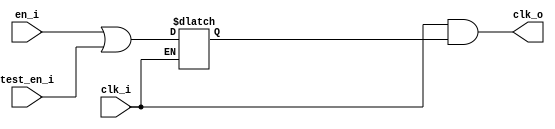
// Copyright lowRISC contributors.
// Copyright 2017 ETH Zurich and University of Bologna.
// Licensed under the Apache License, Version 2.0, see LICENSE for details.
// SPDX-License-Identifier: Apache-2.0

////////////////////////////////////////////////////////////////////////////////
//                                                                            //
// Additional contributions by:                                               //
//                 Sven Stucki - svstucki@student.ethz.ch                     //
//                                                                            //
//                                                                            //
// Design Name:    RISC-V processor core                                      //
// Project Name:   ibex                                                       //
// Language:       SystemVerilog                                              //
//                                                                            //
// Description:    Defines for various constants used by the processor core.  //
//                                                                            //
////////////////////////////////////////////////////////////////////////////////

module prim_clock_gating (
	clk_i,
	en_i,
	test_en_i,
	clk_o
);
	input wire clk_i;
	input wire en_i;
	input wire test_en_i;
	output wire clk_o;
	reg clk_en;
	always @(*)
		if (clk_i == 1'b0)
			clk_en <= en_i | test_en_i;
	assign clk_o = clk_i & clk_en;
endmodule